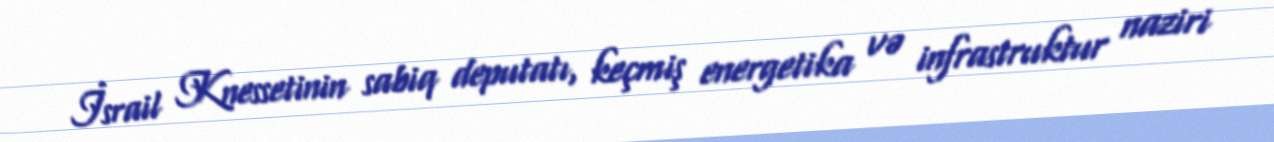
İsrail Knessetinin sabiq deputatı, keçmiş energetika və infrastruktur naziri